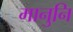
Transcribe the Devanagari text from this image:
मानुनि